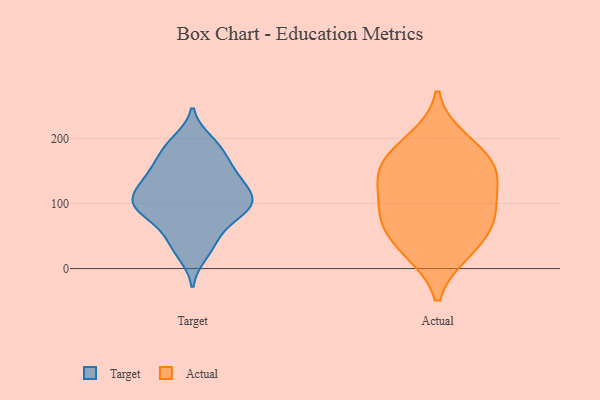
{"axis": {"x": "Customer Acquisition Cost (USD)", "y": "Value"}, "legend": ["Actual", "Target"], "data": [{"x": "", "y": 181, "type": "Target"}, {"x": "", "y": 95, "type": "Target"}, {"x": "", "y": 151, "type": "Target"}, {"x": "", "y": 91, "type": "Target"}, {"x": "", "y": 38, "type": "Target"}, {"x": "", "y": 105, "type": "Target"}, {"x": "", "y": 134, "type": "Target"}, {"x": "", "y": 140, "type": "Target"}, {"x": "", "y": 22, "type": "Target"}, {"x": "", "y": 165, "type": "Target"}, {"x": "", "y": 100, "type": "Target"}, {"x": "", "y": 84, "type": "Target"}, {"x": "", "y": 196, "type": "Target"}, {"x": "", "y": 72, "type": "Target"}, {"x": "", "y": 100, "type": "Target"}, {"x": "", "y": 48, "type": "Target"}, {"x": "", "y": 119, "type": "Target"}, {"x": "", "y": 188, "type": "Target"}, {"x": "", "y": 108, "type": "Target"}, {"x": "", "y": 138, "type": "Target"}, {"x": "", "y": 76, "type": "Actual"}, {"x": "", "y": 25, "type": "Actual"}, {"x": "", "y": 27, "type": "Actual"}, {"x": "", "y": 157, "type": "Actual"}, {"x": "", "y": 180, "type": "Actual"}, {"x": "", "y": 198, "type": "Actual"}, {"x": "", "y": 97, "type": "Actual"}, {"x": "", "y": 151, "type": "Actual"}, {"x": "", "y": 127, "type": "Actual"}, {"x": "", "y": 71, "type": "Actual"}, {"x": "", "y": 141, "type": "Actual"}, {"x": "", "y": 72, "type": "Actual"}]}